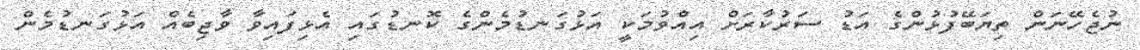
ނުޖެހޭނަން ތިޔަބޭފުޅުންގެ އަޑު ސަރުކާރަށް އިއްވުމަކީ އަޅުގަނޑުމެންގެ ކޮނޑުގައި އެޅިފައިވާ ވާޖިބެއް އަޅުގަނޑުމެން